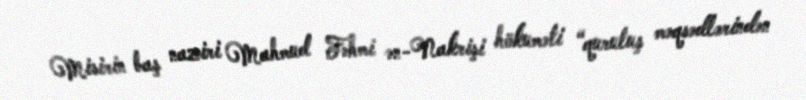
Misirin baş naziri Mahmud Fəhmi ən-Nakrişi hökuməti “quruluş məqsədlərindən